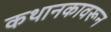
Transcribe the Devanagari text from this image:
कथानकावरून